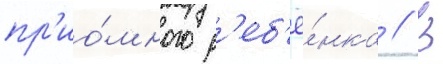
пр'ио́много р'еб'ё́нка // В